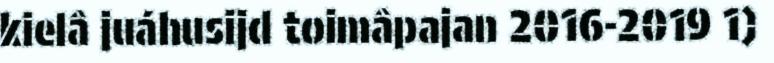
kielâ juáhusijd toimâpajan 2016-2019 1)